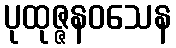
ပုထုဇ္ဇနဝသေန